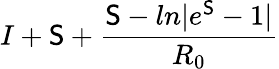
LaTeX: I+\mathsf{S}+\frac{{\mathsf{S}-ln|e^{\mathsf{S}}-1|}}{{R_{0}}}